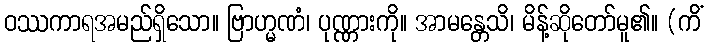
ဝဿကာရအမည်ရှိသော။ ဗြာဟ္မဏံ၊ ပုဏ္ဏားကို။ အာမန္တေသိ၊ မိန့်ဆိုတော်မူ၏။ (ကိံ